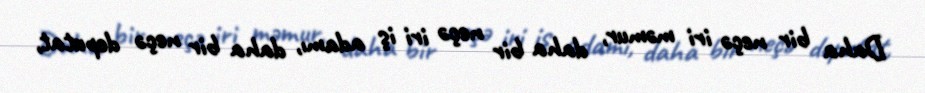
Daha bir neçə iri məmur, daha bir neçə iri iş adamı, daha bir neçə deputat,